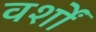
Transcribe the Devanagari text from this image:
वर्शों